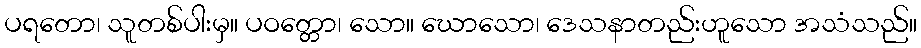
ပရတော၊ သူတစ်ပါးမှ။ ပဝတ္တော၊ သော။ ဃောသော၊ ဒေသနာတည်းဟူသော အသံသည်။